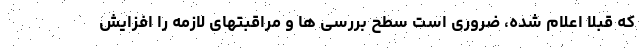
که قبلاً اعلام شده، ضروری است سطح بررسی ها و مراقبتهای لازمه را افزایش